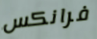
فرانكس